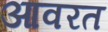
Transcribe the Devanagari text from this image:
आवरत